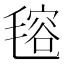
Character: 𣯔